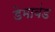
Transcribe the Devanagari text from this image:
डेमावंड